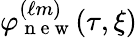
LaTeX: \varphi_{\mathrm{~n~e~w~}}^{(\ell m)}(\tau,\xi)